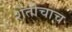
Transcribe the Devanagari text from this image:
शेतीचाच